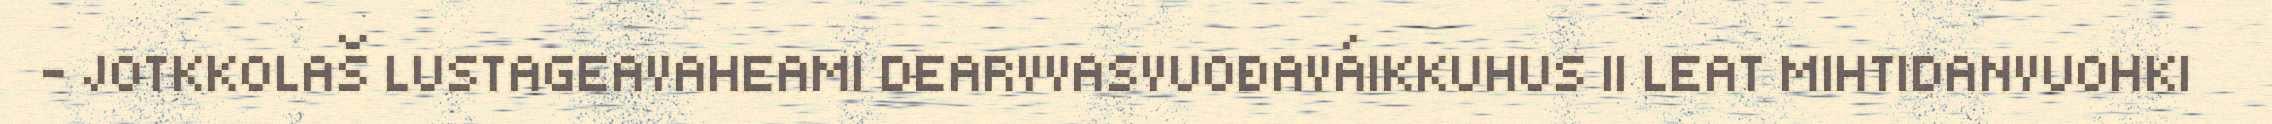
- JOTKKOLAŠ LUSTAGEAVAHEAMI DEARVVASVUOĐAVÁIKKUHUS II LEAT MIHTIDANVUOHKI